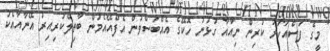
މީގެ ފަސްއަހަރު ކުރިން ނިއުއާ ގުޅުނު ހޮކޭގެ އެއްބަސްވުން އެފްއޭއެމުން ބާތިލްކުރިއިރު އޭނާއާއެކު